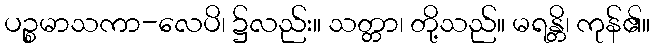
ပဉ္စမာသကာ-လေပိ၊ ၌လည်း။ သတ္တာ၊ တို့သည်။ မရန္တိ၊ ကုန်၏။